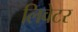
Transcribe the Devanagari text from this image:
लिवेटर